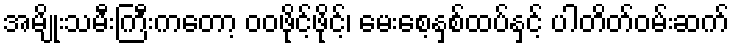
အမျိုးသမီးကြီးကတော့ ဝဝဖိုင့်ဖိုင့်၊ မေးစေ့နှစ်ထပ်နှင့် ပါတိတ်ဝမ်းဆက်